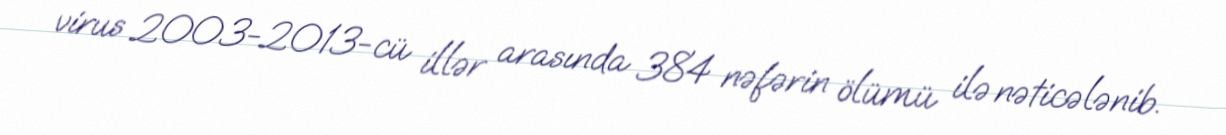
virus 2003-2013-cü illər arasında 384 nəfərin ölümü ilə nəticələnib.